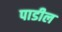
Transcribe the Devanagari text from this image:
पाडील